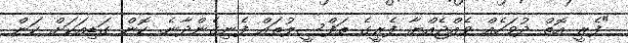
"ފެރީ އޮތް ދުވަހެއް ވެއްޖެއްޔާ ފެރީގެ ތަފްސީލުތައް ފެނިގެންދާނެ. ކޮން ގަޑިއަކަށް ކަން